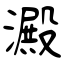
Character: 澱